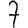
Digit: 7